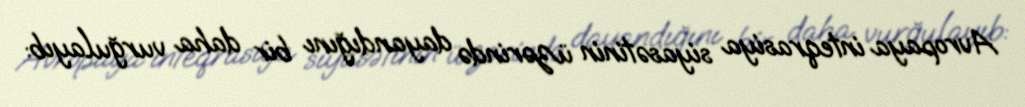
Avropaya inteqrasiya siyasətinin üzərində dayandığını bir daha vurğulayıb: